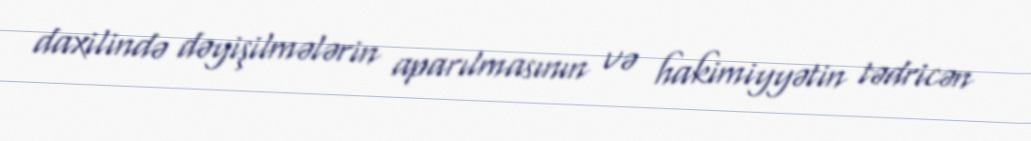
daxilində dəyişilmələrin aparılmasının və hakimiyyətin tədricən